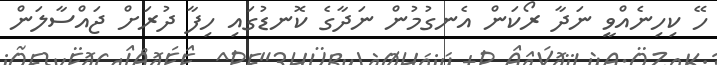
ހޭ ކިހިނެއްވީ ނަދާ ރޯކަން އެނގުމުން ނަދާގެ ކޮނޑުގައި ހިފާ ދުރަށް ޖައްސާލަން